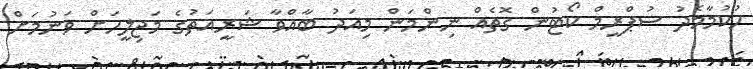
ހުކުމާމެދު ސުޕްރީމް ކޯޓުން ގޮތެއް ނިންމަން މިއަދު ބާއްވާ ޝަރީއަތުގެ މަޖިލީހަށް ވަނުމަށް